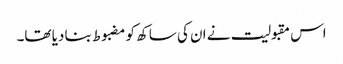
اس مقبولیت نے ان کی ساکھ کو مضبوط بنا دیا تھا۔